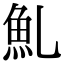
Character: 䰲